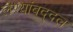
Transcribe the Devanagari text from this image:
लेण्यांबद्दल